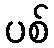
ပစ်